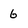
Character: 6